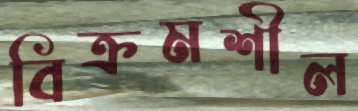
বিক্রমশীল